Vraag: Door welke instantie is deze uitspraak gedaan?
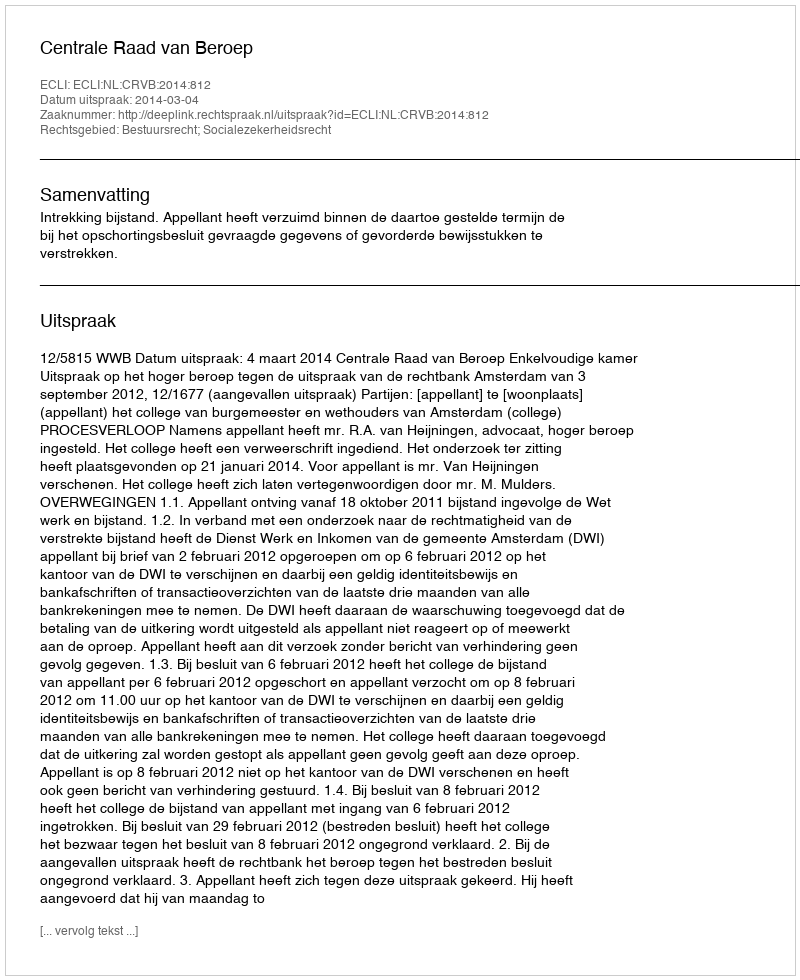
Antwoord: Centrale Raad van Beroep